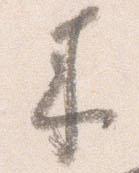
来